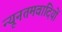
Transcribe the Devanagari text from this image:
न्यूनतमवादियों